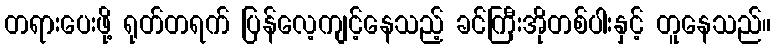
တရားပေးဖို့ ရုတ်တရက် ပြန်လေ့ကျင့်နေသည့် ခင်ကြီးအိုတစ်ပါးနှင့် တူနေသည်။